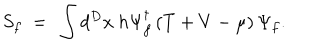
S _ { f } ~ = ~ \int d ^ { D } x ~ h \Psi _ { f } ^ { \dagger } \left( T + V - \mu \right) \Psi _ { f } .